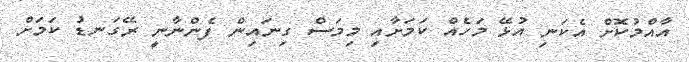
އާއްމުކޮށް އެކަނި އުޅޭ މަހެއް ކަމަށާއި މިމަސް ގިނައިން ފެންނާނީ ރޭގަނޑު ކަމަށް